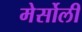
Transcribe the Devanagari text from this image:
मेर्सोली